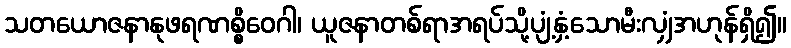
သတယောဇနာနုဖရဏစ္စိဝေဂါ၊ ယူဇနာတစ်ရာအရပ်သို့ပျံ့နှံ့သောမီးလျှံအဟုန်ရှိ၍။